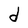
Character: d